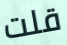
قلت